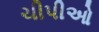
ચીપીઓ